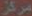
مركز